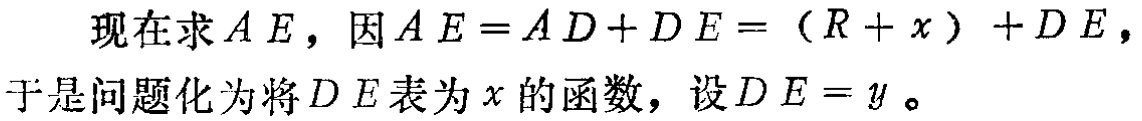
现在求\(AE\)，因\(AE = AD + DE = (R + x)+DE\)，于是问题化为将\(DE\)表为\(x\)的函数，设\(DE = y\)。